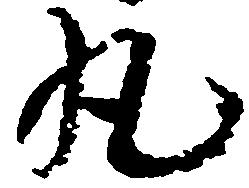
丸